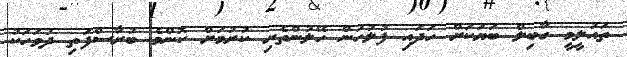
ތައުލީމީ ގާބިލް ބަޔަކަށް ހަދައި ފުލުހުން ހޭލުންތެރި ކުރުމަށް ކޮންމެ ބުރާސްފަތި ދުވަހަކު